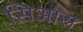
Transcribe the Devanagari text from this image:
सिआरा